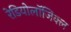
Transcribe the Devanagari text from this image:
रेडियोलॉजिक्ल